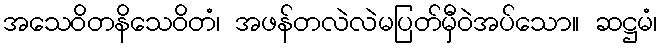
အသေဝိတနိသေဝိတံ၊ အဖန်တလဲလဲမပြတ်မှီဝဲအပ်သော။ ဆဋ္ဌမံ၊